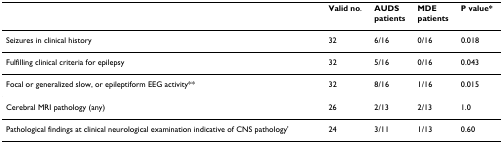
<table><thead><tr><td></td><td><b>Valid no.</b></td><td><b>AUDSpatients</b></td><td><b>MDEpatients</b></td><td><b>P value*</b></td></tr></thead><tbody><tr><td>Seizures in clinical history</td><td>32</td><td>6/16</td><td>0/16</td><td>0.018</td></tr><tr><td>Fulfilling clinical criteria for epilepsy</td><td>32</td><td>5/16</td><td>0/16</td><td>0.043</td></tr><tr><td>Focal or generalized slow, or epileptiform EEG activity**</td><td>32</td><td>8/16</td><td>1/16</td><td>0.015</td></tr><tr><td>Cerebral MRI pathology (any)</td><td>26</td><td>2/13</td><td>2/13</td><td>1.0</td></tr><tr><td>Pathological findings at clinical neurological examination indicative of CNS pathology&#x27;</td><td>24</td><td>3/11</td><td>1/13</td><td>0.60</td></tr></tbody></table>